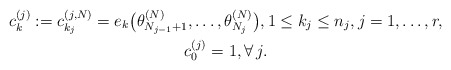
\begin{gather*}c_k^{(j)}:= c_{k_{j}}^{(j,N)}= e_{k}\big(\theta_{N_{j-1}+1}^{(N)},\ldots,\theta_{N_{j}}^{(N)}\big),1 \le k_j \le n_j, j=1,\ldots,r,\\ c_{0}^{(j)}=1, \forall\, j. \end{gather*}